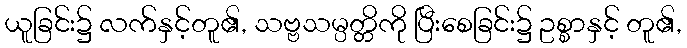
ယူခြင်း၌ လက်နှင့်တူ၏, သဗ္ဗသမ္ပတ္တိကို ပြီးစေခြင်း၌ ဥစ္စာနှင့် တူ၏,